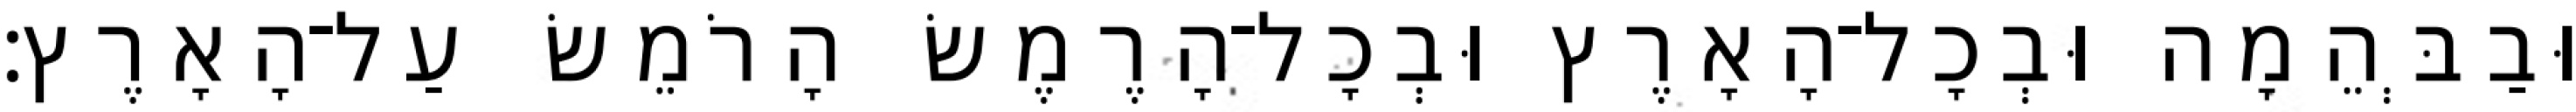
וּבַבְּהֵמָה וּבְכָל־הָאָרֶץ וּבְכָל־הָרֶמֶשׂ הָרֹמֵשׂ עַל־הָאָרֶץ׃